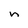
Character: n